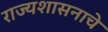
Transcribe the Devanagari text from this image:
राज्यशासनाचे